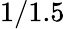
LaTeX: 1/1.5